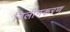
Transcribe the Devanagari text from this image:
विलीनकरण